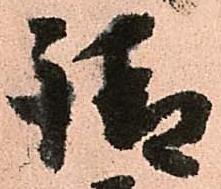
請